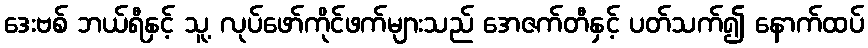
ဒေးဗစ် ဘယ်ရီနှင့် သူ့ လုပ်ဖော်ကိုင်ဖက်များသည် အေဇက်တီနှင့် ပတ်သက်၍ နောက်ထပ်